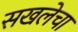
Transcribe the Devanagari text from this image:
सखलेचा